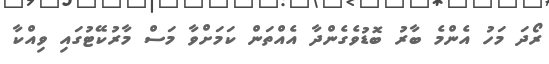
ރޯދަ މަހު އެންމެ ބާރު ބޮޑުވެގެންދާ އެއްތަން ކަމަށްވާ މަސް މާރުކޭޓުގައި ވިއްކާ